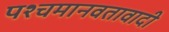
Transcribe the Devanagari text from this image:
पश्चमानवतावादी